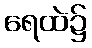
ရေထဲ၌